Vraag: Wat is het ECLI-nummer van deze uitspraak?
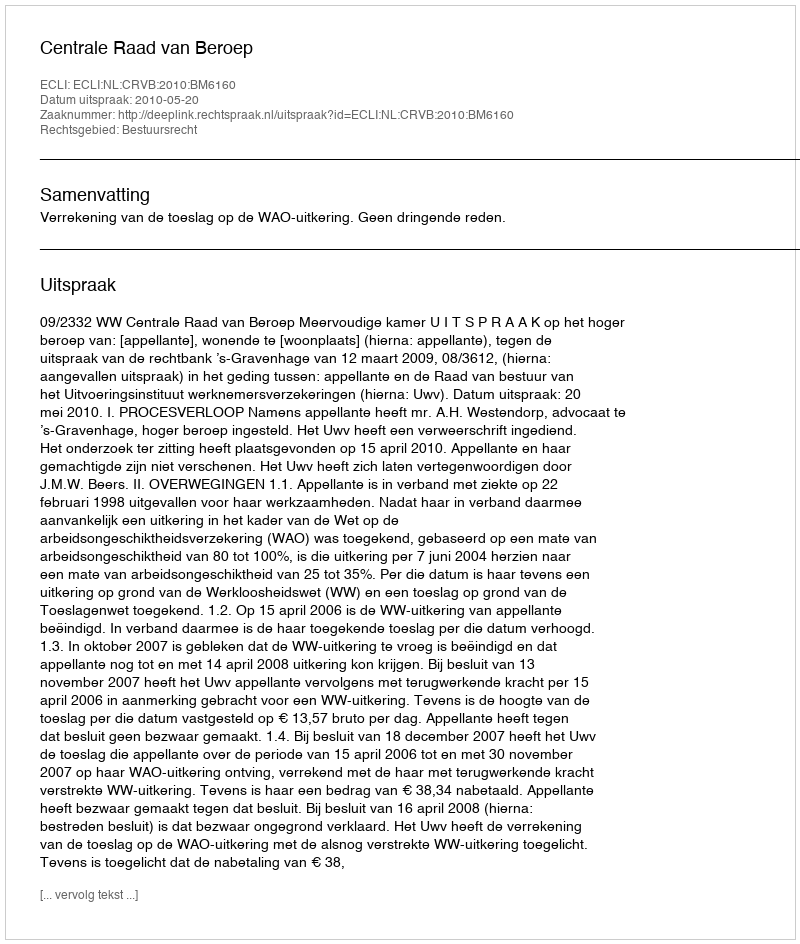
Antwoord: ECLI:NL:CRVB:2010:BM6160